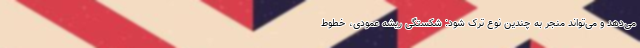
می‌دهد و می‌تواند منجر به چندین نوع ترک شود: شکستگی ریشه عمودی، خطوط